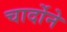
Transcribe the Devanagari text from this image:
चार्दोने